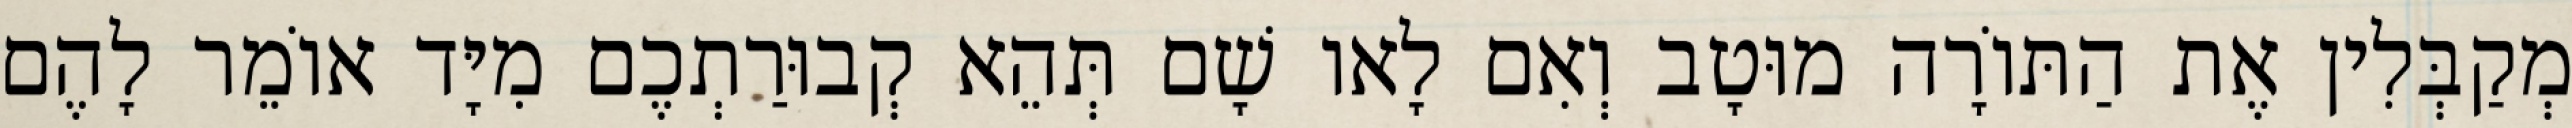
מְקַבְּלִין אֶת הַתּוֹרָה מוּטָב וְאִם לָאו שָׁם תְּהֵא קְבוּרַתְכֶם מִיָּד אוֹמֵר לָהֶם